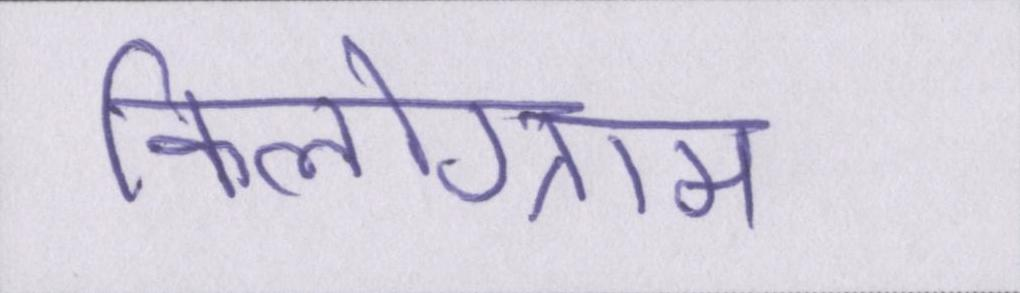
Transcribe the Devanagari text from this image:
किलोग्राम